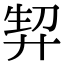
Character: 𭚘